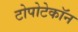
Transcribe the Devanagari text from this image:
टोपोटेकॉन